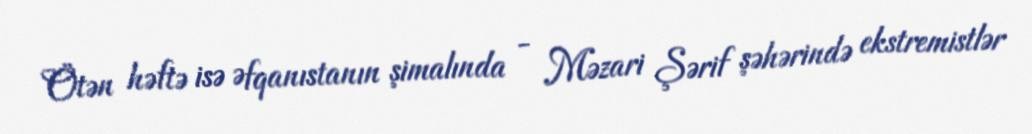
Ötən həftə isə Əfqanıstanın şimalında - Məzari Şərif şəhərində ekstremistlər